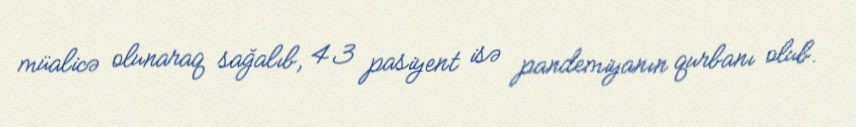
müalicə olunaraq sağalıb, 43 pasiyent isə pandemiyanın qurbanı olub.